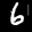
Label: 6